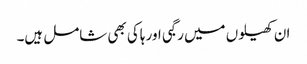
ان کھیلوں میں رگبی اور ہاکی بھی شامل ہیں۔